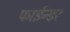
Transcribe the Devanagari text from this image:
फाईन्डर